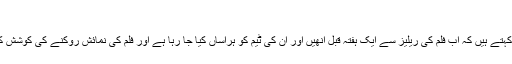
‘
سرمد کھوسٹ کہتے ہیں کہ اب فلم کی ریلیز سے ایک ہفتہ قبل انھیں اور ان کی ٹیم کو ہراساں کیا جا رہا ہے اور فلم کی نمائش روکنے کی کوشش کی جا رہی ہے۔